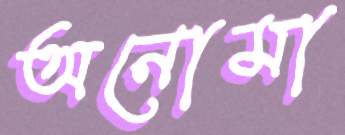
অনোমা